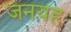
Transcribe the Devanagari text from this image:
जनयह